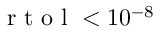
\mathrm { ~ r ~ t ~ o ~ l ~ } < 1 0 ^ { - 8 }